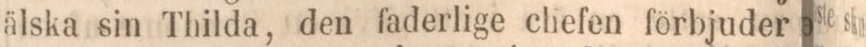
älska sin Thilda, den faderlige chefen förbjuder